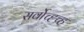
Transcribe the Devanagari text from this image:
सर्वोच्ह्च्ह